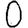
Digit: 0